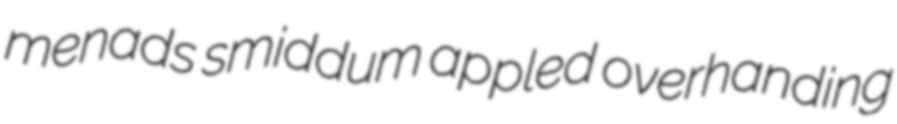
menads smiddum appled overhanding